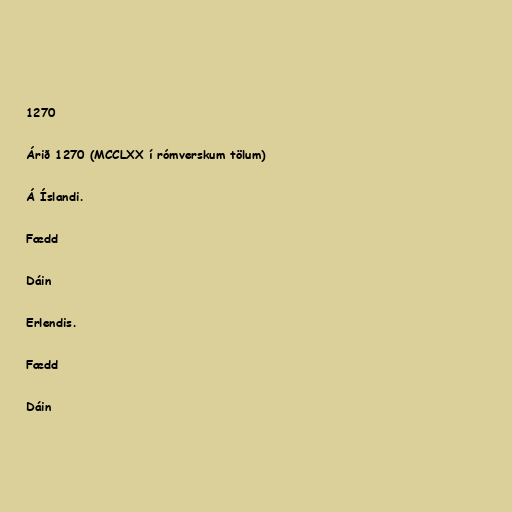
1270

Árið 1270 (MCCLXX í rómverskum tölum)

Á Íslandi.

Fædd

Dáin

Erlendis.

Fædd

Dáin